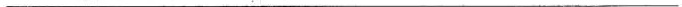
___